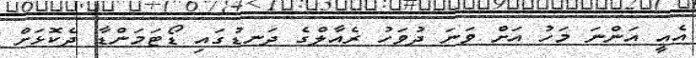
އެއީ އަންނަ މަހު އަށް ވަނަ ދުވަހު ރެއާލްގެ ދަނޑުގައި ޑޯޓަމަންޑާ ދެކޮޅަށް